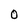
Character: O